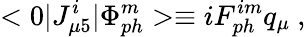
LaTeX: <0|J_{\mu 5}^{i}|\Phi_{ph}^{m}>\equiv iF_{ph}^{im}q_{\mu}~,